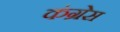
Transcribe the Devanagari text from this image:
कंग्रेस